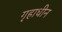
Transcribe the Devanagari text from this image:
गृहाधीन